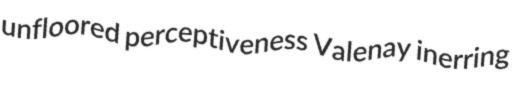
unfloored perceptiveness Valenay inerring